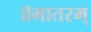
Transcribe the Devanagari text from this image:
॥मातरम्